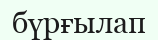
бүрғылап